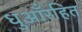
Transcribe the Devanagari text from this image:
धुआँरहित